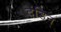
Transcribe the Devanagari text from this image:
दंडिन्